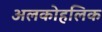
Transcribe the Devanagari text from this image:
अलकोहलिक